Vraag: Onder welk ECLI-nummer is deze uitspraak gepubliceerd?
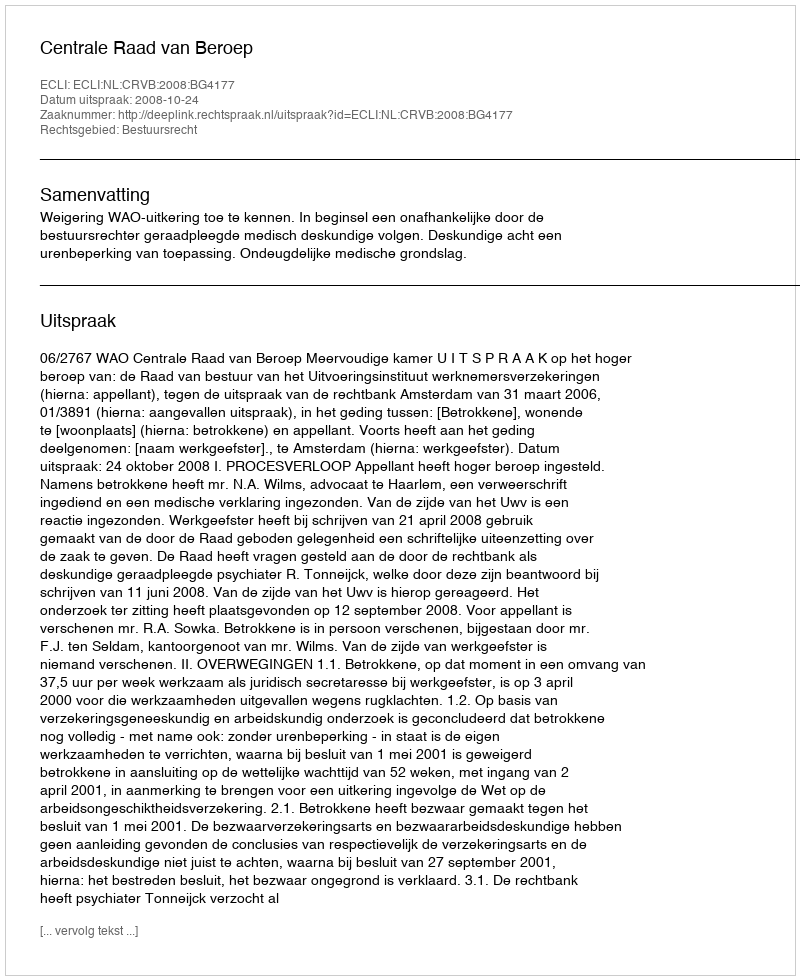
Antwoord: ECLI:NL:CRVB:2008:BG4177